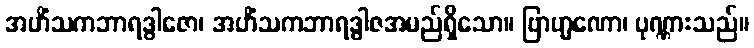
အဟိံသကဘာရဒွါဇော၊ အဟိံသကဘာရဒွါဇအမည်ရှိသော။ ဗြာဟ္မဏော၊ ပုဏ္ဏားသည်။